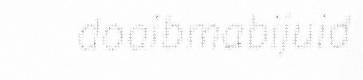
doaibmabijuid